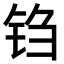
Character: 𫓮